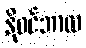
နိုဝင်ဘာလ